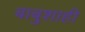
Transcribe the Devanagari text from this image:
बाबुशाही